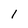
Character: 1